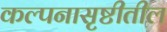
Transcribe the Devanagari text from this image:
कल्पनासृष्टीतील